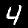
Label: 4